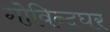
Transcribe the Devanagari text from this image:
गोविन्दघर